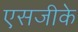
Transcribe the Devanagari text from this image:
एसजीके